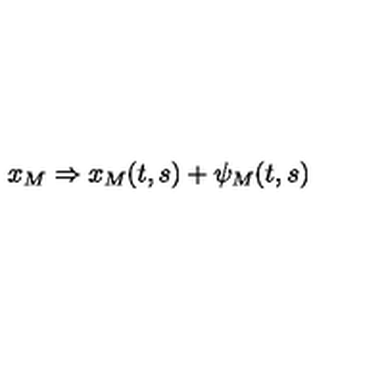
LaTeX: x _ { M } \Rightarrow x _ { M } ( t , s ) + \psi _ { M } ( t , s )